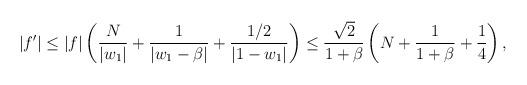
LaTeX: \begin{align*}|f'|\leq|f|\left({N\over|w_1|}+{1\over|w_1-\beta|}+{1/2\over|1-w_1|}\right) \leq{\sqrt{2}\over1+\beta}\left(N+{1\over1+\beta}+{1\over4}\right),\end{align*}